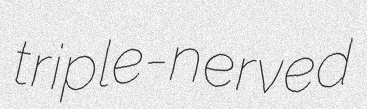
triple-nerved